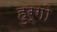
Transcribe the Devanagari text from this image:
हुर्गो